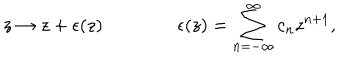
LaTeX: z \rightarrow z + \epsilon ( z ) \qquad \qquad \epsilon ( z ) = \sum _ { n = - \infty } ^ { \infty } c _ { n } z ^ { n + 1 } ,